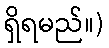
ရှိရမည်။)